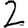
Digit: 2